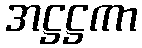
အဋ္ဌဋ္ဌကာ